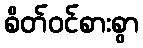
စိတ်ဝင်စားစွာ